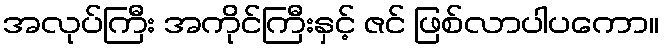
အလုပ်ကြီး အကိုင်ကြီးနှင့် ဇင် ဖြစ်လာပါပကော။